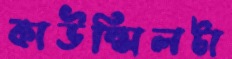
কাউন্সিলটা